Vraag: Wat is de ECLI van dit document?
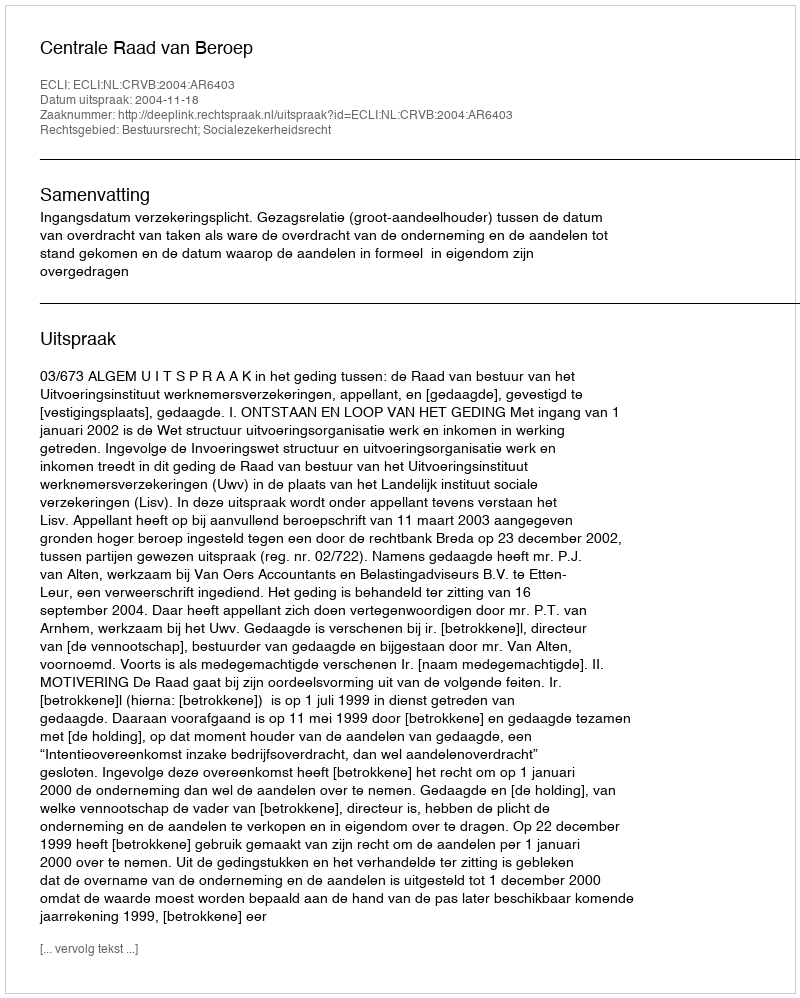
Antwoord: ECLI:NL:CRVB:2004:AR6403